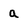
Character: a